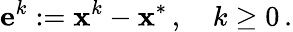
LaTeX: \mathbf{e}^{k}:=\mathbf{x}^{k}-\mathbf{x}^{*}\, ,\quad k\geq 0\, .